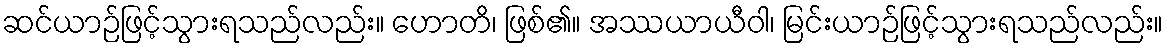
ဆင်ယာဉ်ဖြင့်သွားရသည်လည်း။ ဟောတိ၊ ဖြစ်၏။ အဿယာယီဝါ၊ မြင်းယာဉ်ဖြင့်သွားရသည်လည်း။